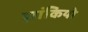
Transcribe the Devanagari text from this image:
झांकियो